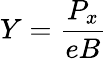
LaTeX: Y=\frac{P_{x}}{eB}